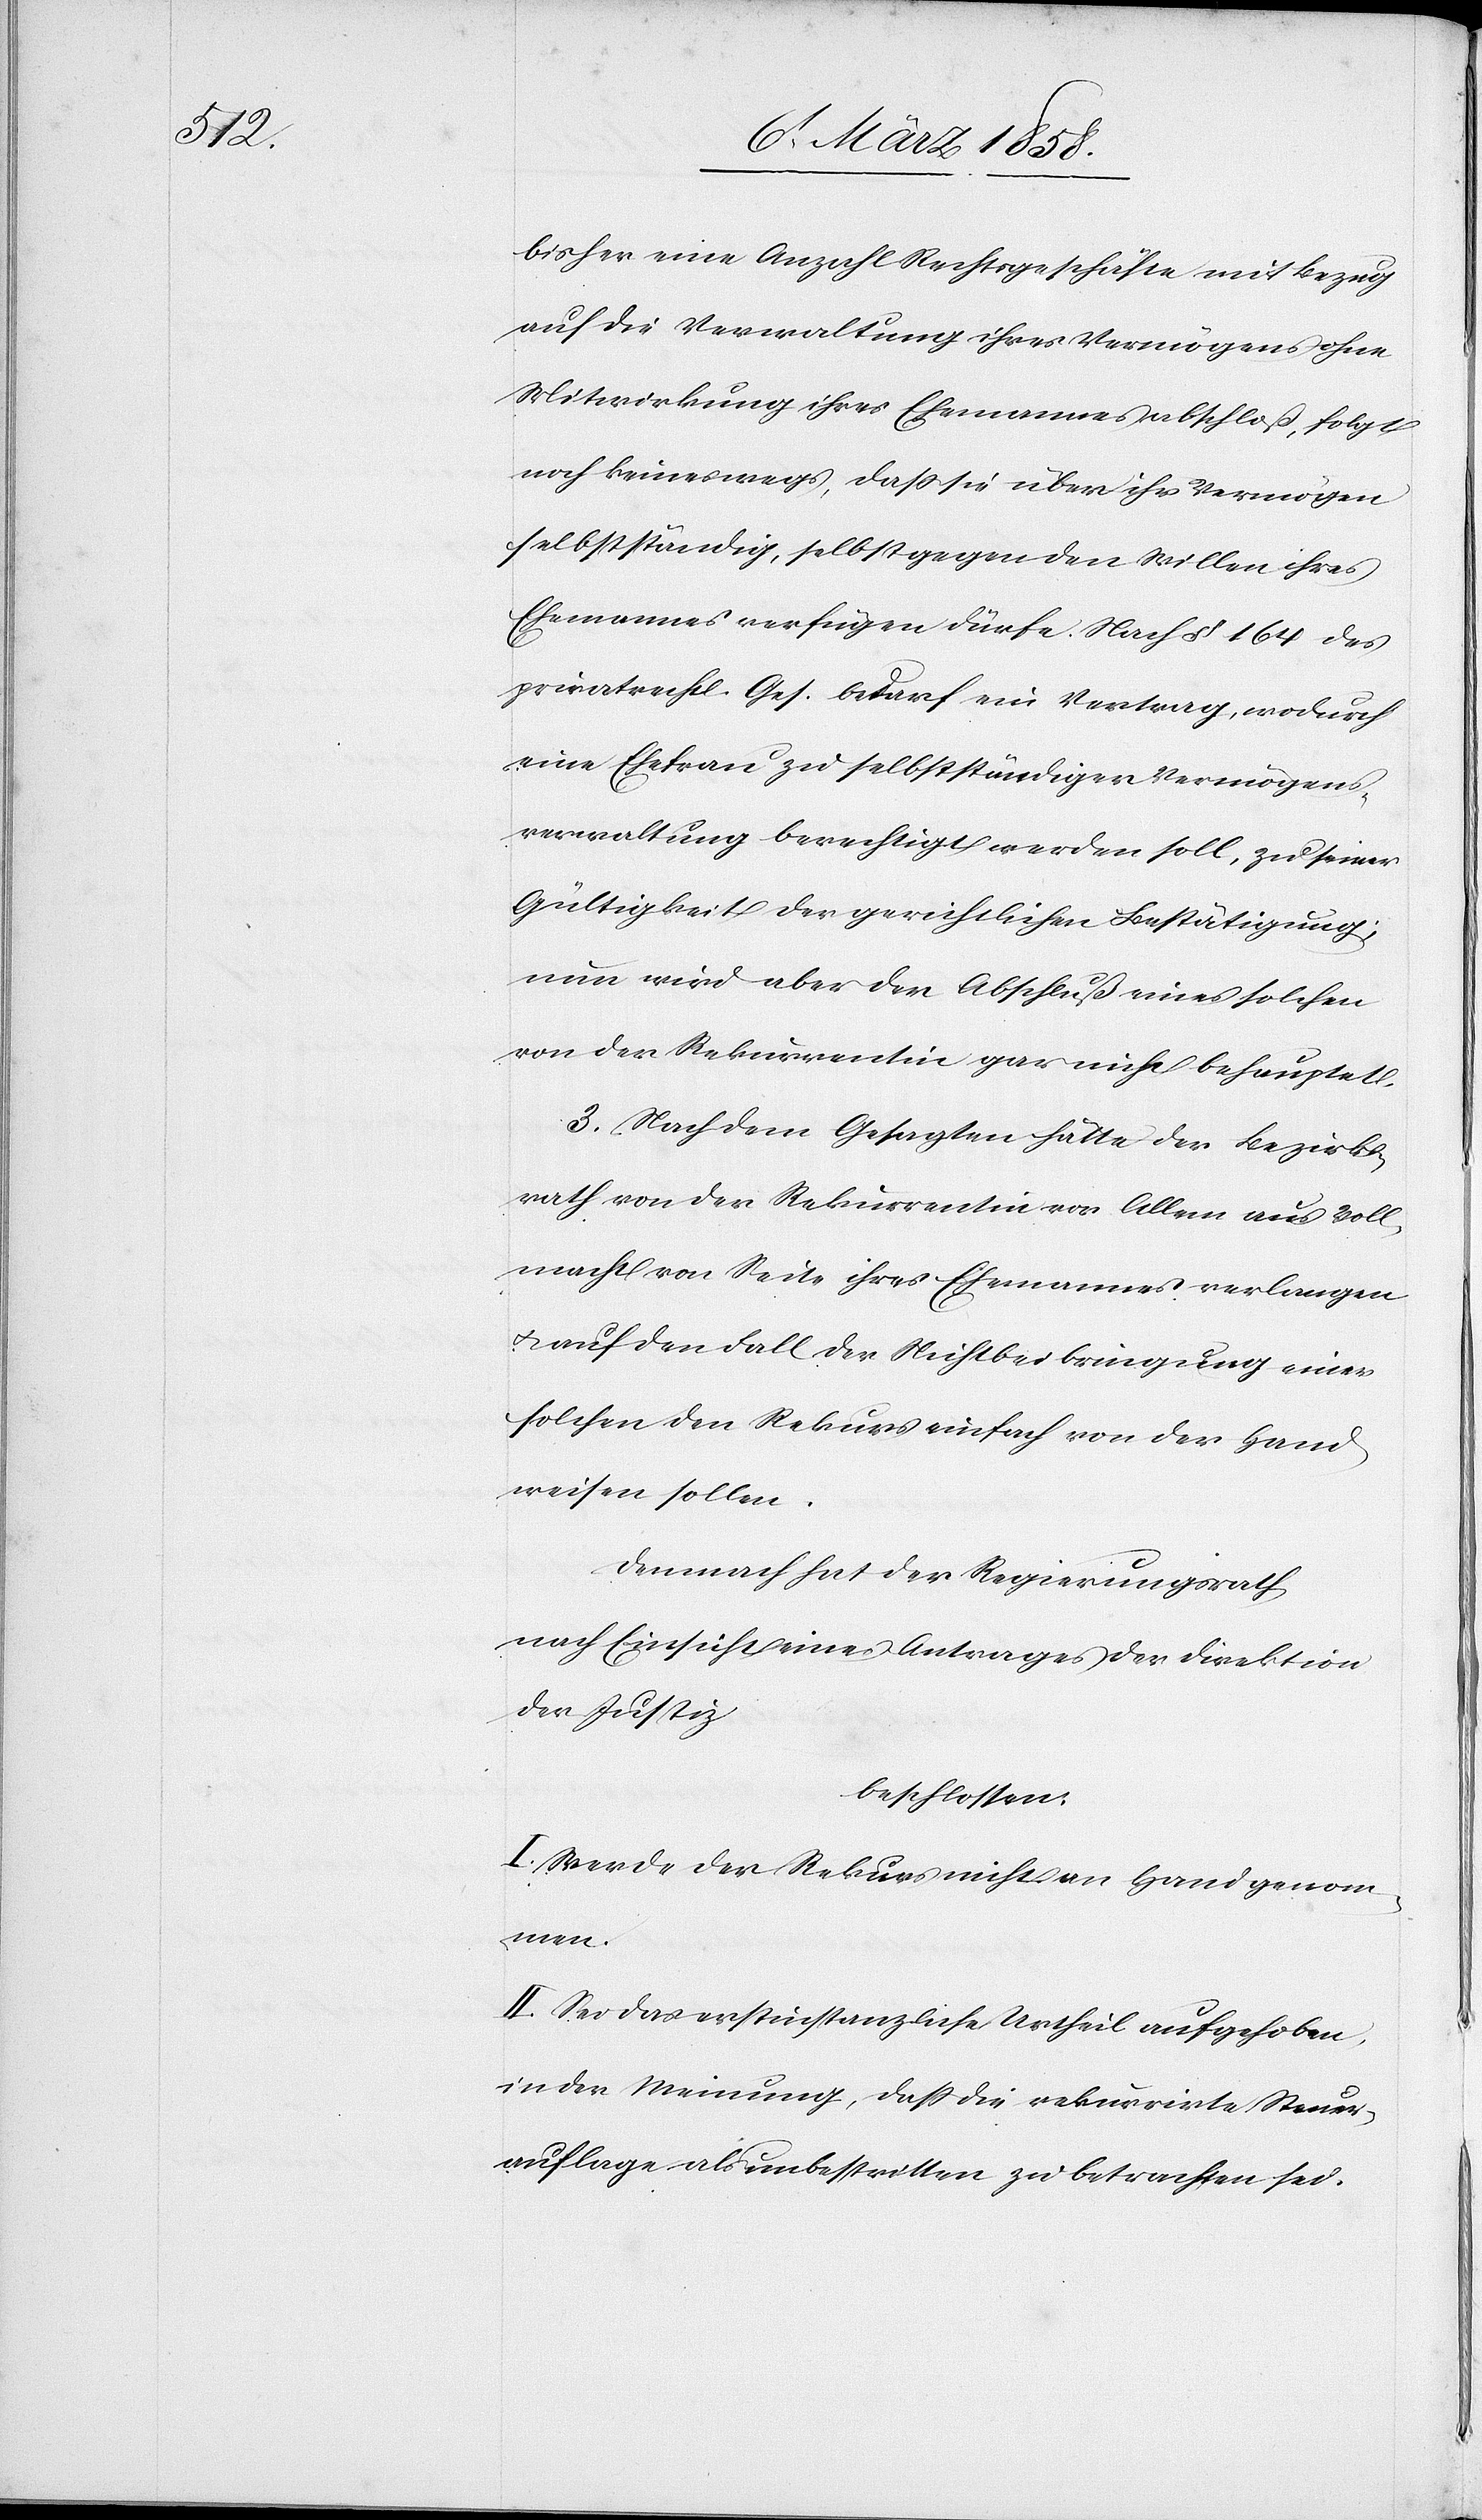
bisher eine Anzahl Rechtsgeschäfte mit Bezug
auf die Verwaltung ihres Vermögens ohne
Mitwirkung ihres Ehemannes abschloß, folgt
noch keineswegs, daß sie über ihr Vermögen
selbstständig selbst gegen den Willen ihres
Ehemannes verfügen dürfe. Nach § 164 des
privatrechtl. Ges. bedarf ein Vertrag, wodurch
eine Ehefrau zu selbstständigen Vermögens¬
verwaltung berechtigt werden soll, zu seiner
Gültigkeit der gerichtlichen Bestätigung;
nun wird aber der Abschluß eines solchen
von der Rekurrentin gar nicht behauptet.
3. Nach dem Gesagten hätte der Bezirks¬
rath von der Rekurrentin vor Allem aus Voll¬
macht von Seite ihres Ehemannes verlangen
u. auf den Fall der Nichtbeibringung einer
solchen den Rekurs einfach von der Hand
weisen sollen.
Demnach hat der Regierungsrath
nach Einsicht eines Antrages der Direktion
der Justiz,
beschlossen:
I. Werde der Rekurs nicht an Hand genom¬
men.
II. Sei das erstinstanzliche Urtheil aufgehoben,
in der Meinung, daß die rekurrirte Steuer¬
auflage als unbestritten zu betrachten sei.